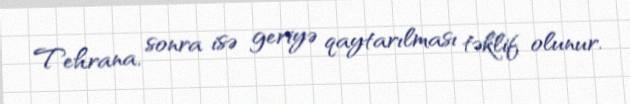
Tehrana, sonra isə geriyə qaytarılması təklif olunur.